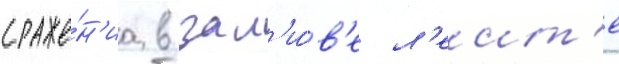
сраже́н'иа в зал'и́в'е л'еит'е